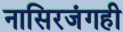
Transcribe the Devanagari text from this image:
नासिरजंगही